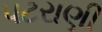
પટરાણી